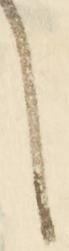
し